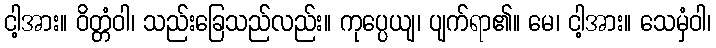
ငါ့အား။ ဝိတ္တံဝါ၊ သည်းခြေသည်လည်း။ ကုပ္ပေယျ၊ ပျက်ရာ၏။ မေ၊ ငါ့အား။ သေမှံဝါ၊